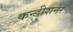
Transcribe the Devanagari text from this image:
कन्डीशनर